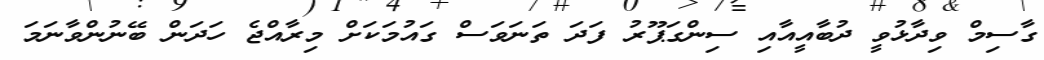
ގާސިމް ވިދާޅުވީ ދުބާއީއާއި ސިންގަޕޫރު ފަދަ ތަނަވަސް ގައުމަކަށް މިރާއްޖެ ހަދަން ބޭނުންވާނަމަ